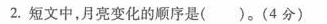
2，短文中，月亮变化的顺序是 ( )。(4分)